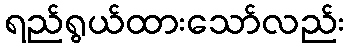
ရည်ရွယ်ထားသော်လည်း